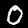
Label: 0